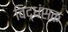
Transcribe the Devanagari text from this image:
विद्धंसक